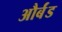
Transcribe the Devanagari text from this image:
और्बंड